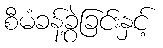
စီမံခန့်ခွဲခြင်းနှင့်